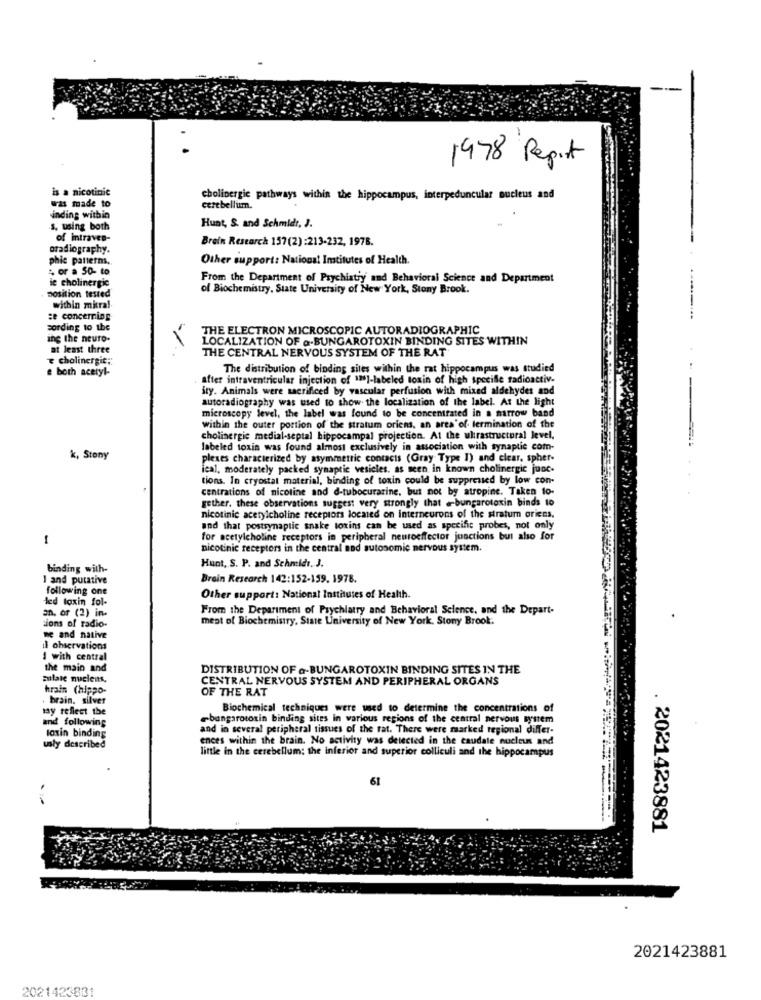
1978 Report
is a nicotinic
was made to
cholinergic pathways within the hippocampus, interpeduncular nucleus and
cerebellum.
inding within
s, using both
Hunt, S. and Schmidt, J.
of intraven-
Brein Research 157(2) :213-232, 1978.
oradiography.
phic patterns,
Other support: National Institutes of Health.
4 or a 50- to
ie cholinergic
From the Department of Psychiatry and Behavioral Science and Department
position tested
of Biochemistry, State University of New York, Stony Brook.
within mitral
ze concerning
sording to the
THE ELECTRON MICROSCOPIC AUTORADIOGRAPHIC
ing the neuro-
LOCALIZATION OF a.BUNGAROTOXIN BINDING SITES WITHIN
at least three
THE CENTRAL NERVOUS SYSTEM OF THE RAT
t cholinergic ;:
e both acetyl-
The distribution of binding sites within the rat hippocampus was studied
after intraventricular injection of ">I-labeled toxin of high specifle radioactiv.
Sry. Animals were sacrificed by vascular perfusion with mixed aldehydes and
autoradiography was used to show the localization of the label. At the light
-
microscopy level, the label was found to be concentrated in a narrow band
within the outer portion of the stratum oriens, an area of termination of the
cholinergic medial-septal hippocampal projection. At the ultrastructural level.
labeled toxin was found almost exclusively in association with synaptic com-
k, Stony
plexes characterized by asymmetric contacts (Gray Type I) and clear, spher-
ical, moderately packed synaptic vesicles. as seen in known cholinergic junc.
tions. In cryostat material, binding of toxin could be suppressed by low con-
centrations of nicotine and d-tubocurarine, but not by atropine. Taken to-
gether. these observations suggest very strongly that @bungarotoxin binds to
nicotinic acetylcholine receptors located on interneurons of the stratum orices.
and that postsynaptic snake toxins can be used as specific probes, not only
1
for acetylcholine receptors in peripheral neuroeffector junctions but also for
nicotinic receptors in the central nod autonomic nervous system.
Hunt, S. P. and Schmidt. J.
binding with-
I and putative
Brain Research 142:152-159. 1978.
following one
led toxin fol-
Other support: National Institutes of Health.
an, or (2) in.
From the Department of Psychiatry and Behavioral Science, and the Depart-
ment of Biochemistry, State University of New York. Stony Brook.
sions of radio-
me and native
il observations
1 with central
the main and
DISTRIBUTION OF a-BUNGAROTOXIN BINDING SITES IN THE
sulate nuclens.
CENTRAL NERVOUS SYSTEM AND PERIPHERAL ORGANS
hrain (hippo-
OF THE RAT
. brain. silver
lay reflect the
Biochemical techniques were used to determine the concentrations of
and following
-bangarotosin binding sites in various regions of the central nervous system
and in several peripheral tissues of the rat. There were marked regional differ-
toxin binding
ences within the brain. No activity was detected in the caudate nucleus and
usly described
little in the cerebellum; the inferior and superior colliculi and the hippocampus
61
. 2021423881
2021423881
2021423881